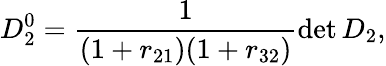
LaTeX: D_{2}^{0}=\frac{1}{(1+r_{21})(1+r_{32})}\operatorname*{det}D_{2},